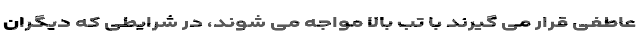
عاطفی قرار می گیرند با تب بالا مواجه می شوند، در شرایطی که دیگران